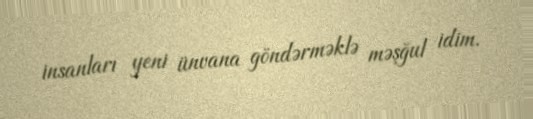
insanları yeni ünvana göndərməklə məşğul idim.